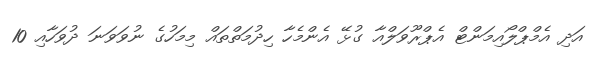
އަދި އެމްޕްލޯއިމަންޓް އެޕްރޫވަލްއާ ގުޅޭ އެންމެހާ ހިދުމަތްތައް މިމަހުގެ ނުވަވަނަ ދުވަހާއި 10